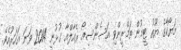
މަޔޯކާގެ ޔޫތު ޓީމުން ތަމްރީންވި އަސެންސިއޯ ރެއާލްއާ ގުޅުނީ 2014 ވަނަ އަހަރުއެވެ.